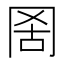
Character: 𦊖